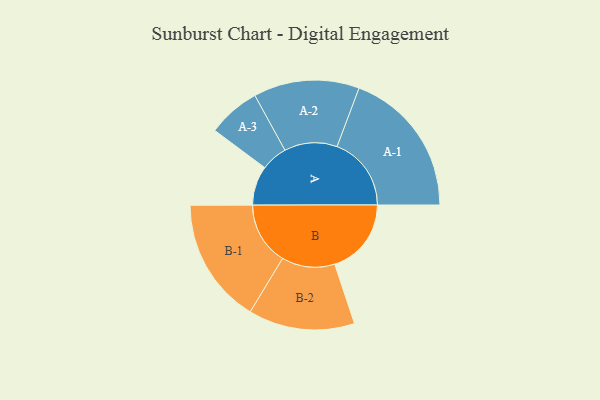
{"axis": {"x": "Segment", "y": "Value"}, "legend": ["", "A", "B"], "data": [{"x": "A", "y": 151, "type": ""}, {"x": "B", "y": 294, "type": ""}, {"x": "A-1", "y": 285, "type": "A"}, {"x": "A-2", "y": 203, "type": "A"}, {"x": "A-3", "y": 101, "type": "A"}, {"x": "B-1", "y": 241, "type": "B"}, {"x": "B-2", "y": 204, "type": "B"}]}